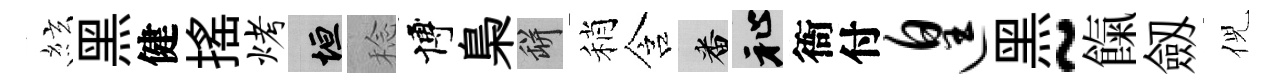
絃黑健揺烤垣稔博梟瓶稍含番祉衙付遑黑~餼劔倪